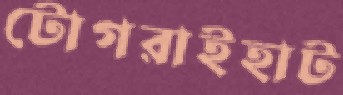
টোগরাইহাট